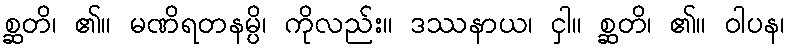
စ္ဆတိ၊ ၏။ မဏိရတနမ္ပိ၊ ကိုလည်း။ ဒဿနာယ၊ ငှါ။ စ္ဆတိ၊ ၏။ ဝါပန၊